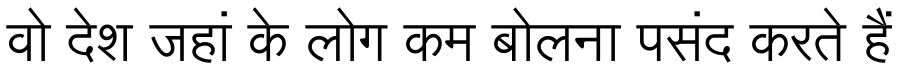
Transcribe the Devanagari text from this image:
वो देश जहां के लोग कम बोलना पसंद करते हैं